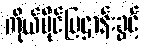
ကိုယ်ပိုင်ပြဌာန်းခွင့်